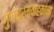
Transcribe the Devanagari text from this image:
गुणधर्मवाहकांना